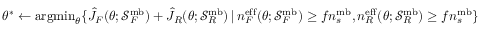
\theta ^ { * } \gets \mathrm { a r g m i n } _ { \theta } \{ \hat { J } _ { F } ( \theta ; \mathcal { S } _ { F } ^ { \mathrm { m b } } ) + \hat { J } _ { R } ( \theta ; \mathcal { S } _ { R } ^ { \mathrm { m b } } ) \, | \, n _ { F } ^ { \mathrm { e f f } } ( \theta ; \mathcal { S } _ { F } ^ { \mathrm { m b } } ) \geq f n _ { s } ^ { \mathrm { m b } } , n _ { R } ^ { \mathrm { e f f } } ( \theta ; \mathcal { S } _ { R } ^ { \mathrm { m b } } ) \geq f n _ { s } ^ { \mathrm { m b } } \}